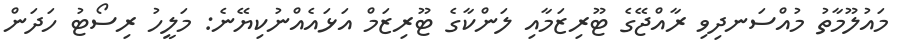
މައުލޫމާތު މުއްސަނދިވި ރާއްޖޭގެ ޓޫރިޒަމާއި ލަންކާގެ ޓޫރިޒަމް އަޅައެއްނުކިޔޭނެ: މަލީހު ރިސޯޓު ހަދަން